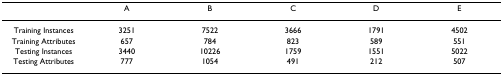
<table><thead><tr><td></td><td><b>A</b></td><td><b>B</b></td><td><b>C</b></td><td><b>D</b></td><td><b>E</b></td></tr></thead><tbody><tr><td>Training Instances</td><td>3251</td><td>7522</td><td>3666</td><td>1791</td><td>4502</td></tr><tr><td>Training Attributes</td><td>657</td><td>784</td><td>823</td><td>589</td><td>551</td></tr><tr><td>Testing Instances</td><td>3440</td><td>10226</td><td>1759</td><td>1551</td><td>5022</td></tr><tr><td>Testing Attributes</td><td>777</td><td>1054</td><td>491</td><td>212</td><td>507</td></tr></tbody></table>